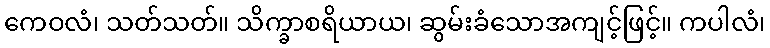
ကေဝလံ၊ သတ်သတ်။ သိက္ခာစရိယာယ၊ ဆွမ်းခံသောအကျင့်ဖြင့်။ ကပါလံ၊